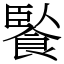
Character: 䭆